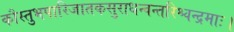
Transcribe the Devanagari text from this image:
कौस्तुभपारिजातकसुराधन्वन्तरिश्चन्द्रमाः।